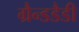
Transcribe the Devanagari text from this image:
ग्रैन्डडैडी